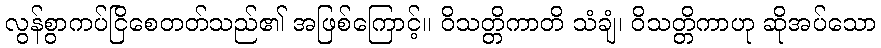
လွန်စွာကပ်ငြိစေတတ်သည်၏ အဖြစ်ကြောင့်။ ဝိသတ္တိကာတိ သံချံ၊ ဝိသတ္တိကာဟု ဆိုအပ်သော